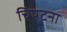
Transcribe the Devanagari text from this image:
चिपटना